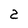
Character: 2